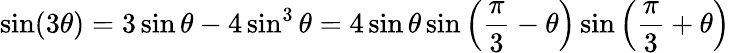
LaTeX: \sin(3\theta)=3\sin\theta-4\sin^{3}\theta=4\sin\theta\sin\left({\frac{\pi}{3}}-\theta\right)\sin\left({\frac{\pi}{3}}+\theta\right)